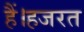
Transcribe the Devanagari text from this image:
हैं।हजरत